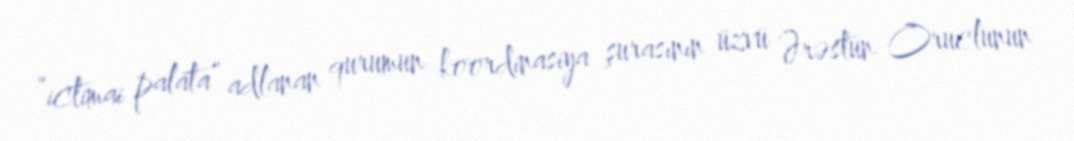
“ictimai palata” adlanan qurumun koordinasiya şurasının üzvü Ərəstun Oruclunun